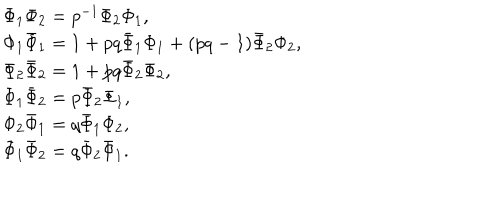
\begin{array} { l } { { \Phi _ { 1 } \Phi _ { 2 } = p ^ { - 1 } \Phi _ { 2 } \Phi _ { 1 } , } } \\ { { \Phi _ { 1 } \bar { \Phi } _ { 1 } = 1 + p q \bar { \Phi } _ { 1 } \Phi _ { 1 } + ( p q - 1 ) \bar { \Phi } _ { 2 } \Phi _ { 2 } , } } \\ { { \Phi _ { 2 } \bar { \Phi } _ { 2 } = 1 + p q \bar { \Phi } _ { 2 } \Phi _ { 2 } , } } \\ { { \Phi _ { 1 } \bar { \Phi } _ { 2 } = p \bar { \Phi } _ { 2 } \Phi _ { 1 } , } } \\ { { \Phi _ { 2 } \bar { \Phi } _ { 1 } = q \bar { \Phi } _ { 1 } \Phi _ { 2 } , } } \\ { { \bar { \Phi } _ { 1 } \bar { \Phi } _ { 2 } = q \bar { \Phi } _ { 2 } \bar { \Phi } _ { 1 } . } } \\ \end{array}